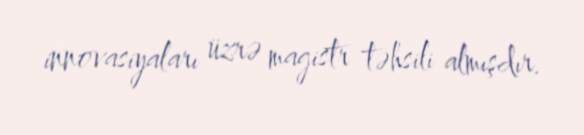
innovasiyaları üzrə magistr təhsili almışdır.